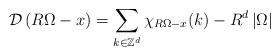
\begin{align*}\mathcal{D}\left( R\Omega-x\right) =\sum_{k\in\mathbb{Z}^{d}}\chi_{R\Omega-x}(k)-R^{d}\left\vert \Omega\right\vert\end{align*}